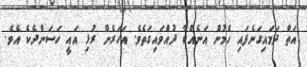
އަތް ދަމައިގަނެފައި ހެމުން އަނެއްކާ ދުއްވައިގަތެވެ. އަހަރެން ރުޅި އައީ ހަސަންދެކެ އެވެ.